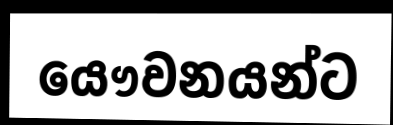
යෞවනයන්ට